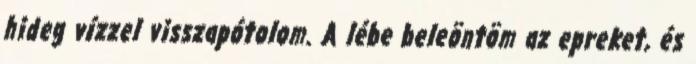
hideg vízzel visszapótolom. A lébe beleöntöm az epreket, és